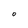
Character: O